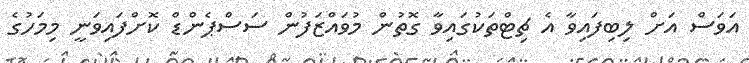
އަވަސް އަށް ލިބިފައިވާ އެ ޗިޓްތަކުގައިވާ ގޮތުން މުވައްޒަފުން ސަސްޕެންޑް ކޮށްފައިވަނީ މިމަހުގެ